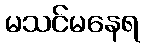
မသင်မနေရ